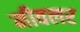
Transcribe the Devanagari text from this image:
मीवलर